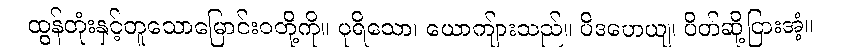
ထွန်တုံးနှင့်တူသောမြောင်းဝတို့ကို။ ပုရိသော၊ ယောကျ်ားသည်။ ပိဒဟေယျ၊ ပိတ်ဆို့ငြားအံ့။